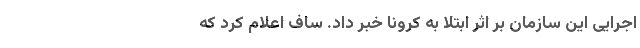
اجرایی این سازمان بر اثر ابتلا به کرونا خبر داد. ساف اعلام کرد که